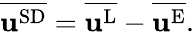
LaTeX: \begin{array}{r}{\overline{{\mathbf{u}^{\textnormal{SD}}}}=\overline{{\mathbf{u}^{\textnormal{L}}}}-\overline{{\mathbf{u}^{\textnormal{E}}}}.}\end{array}